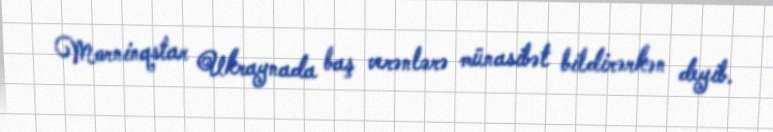
Morninqstar Ukraynada baş verənlərə münasibət bildirərkən deyib.